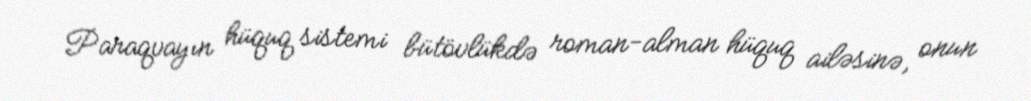
Paraqvayın hüquq sistemi bütövlükdə roman-alman hüquq ailəsinə, onun